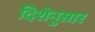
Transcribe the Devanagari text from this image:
दिशेनुसार